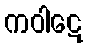
ကဝါဋေ